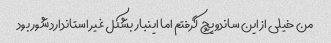
من خیلی از این ساندویچ گرفتم اما اینبار بشکل غیر استاندارد شور بود